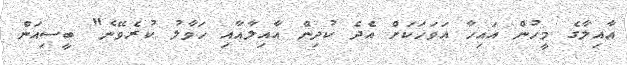
އާއިލާގެ މީހުން އައިހާ އަވަހަކަށް އެދެ ކުދިން އާއިލާއާއި ހަވާލު ކުރެވޭނެ" ބީސިއަން